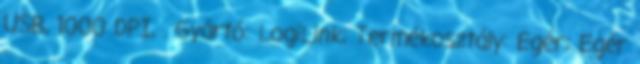
USB, 1000 DPI, . Gyártó: LogiLink; Termékosztály: Egér; Egér